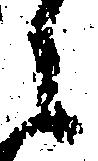
之